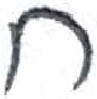
אות: ח